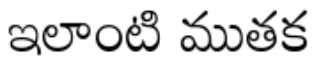
ఇలాంటి ముతక